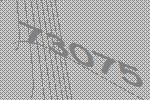
73075